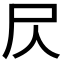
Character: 𡰦